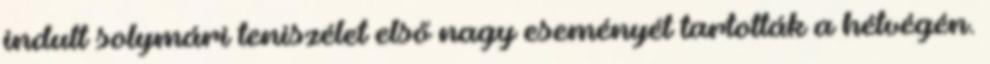
indult solymári teniszélet első nagy eseményét tartották a hétvégén.